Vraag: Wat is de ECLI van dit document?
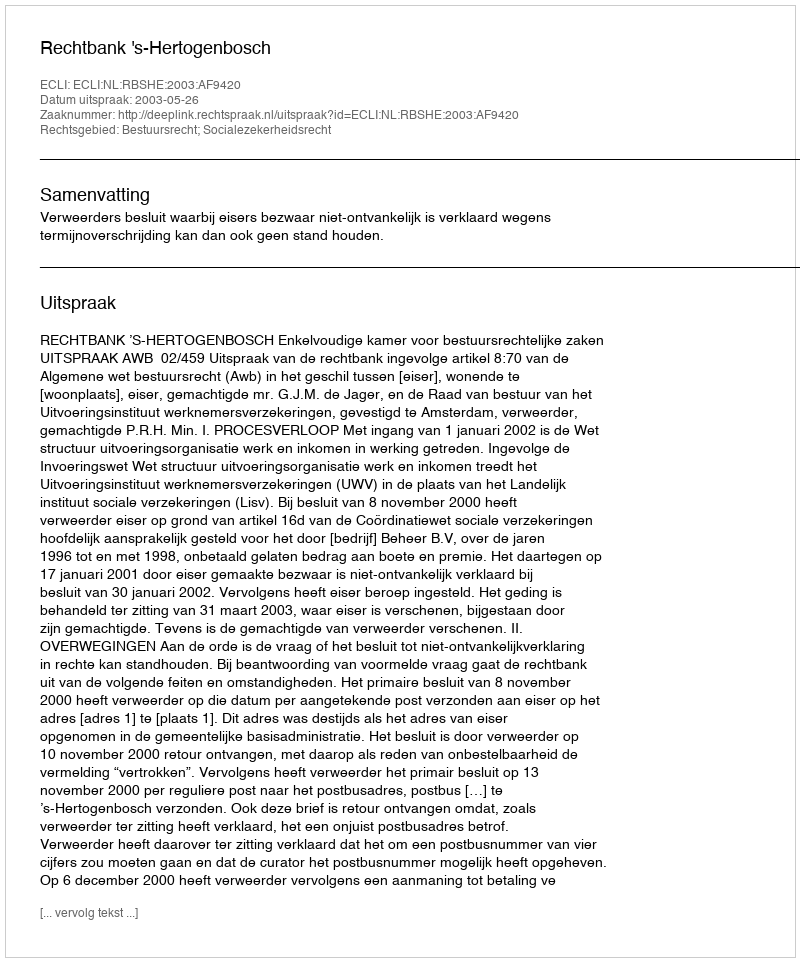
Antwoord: ECLI:NL:RBSHE:2003:AF9420